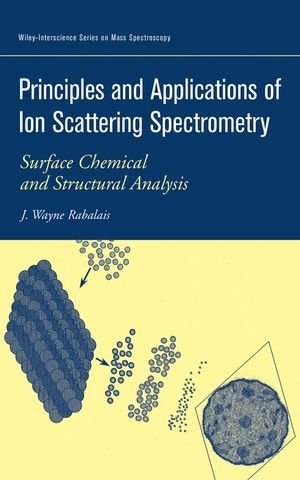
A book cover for Principles and Applications of Ion Scattering Spectrometry: Surface Chemical and Structural Analysis (Wiley Series on Mass Spectrometry); J. Wayne Rabalais; Science & Math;